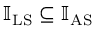
\mathbb { I } _ { \mathrm { L S } } \subseteq \mathbb { I } _ { \mathrm { A S } }